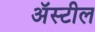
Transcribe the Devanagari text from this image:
अॅस्टील